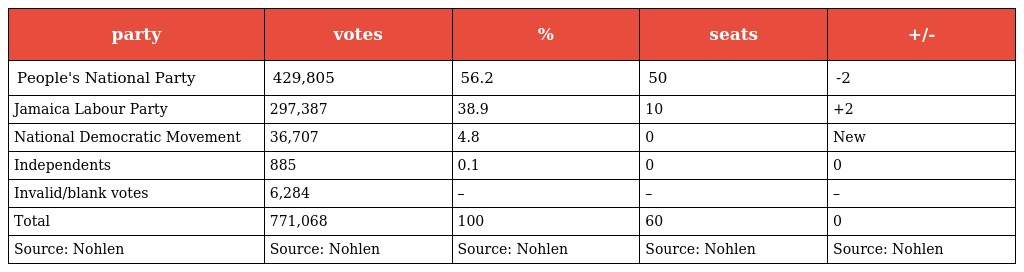
| party | votes | % | seats | +/- |
 | --- | --- | --- | --- | --- |
 | People's National Party | 429,805 | 56.2 | 50 | -2 |
 | Jamaica Labour Party | 297,387 | 38.9 | 10 | +2 |
 | National Democratic Movement | 36,707 | 4.8 | 0 | New |
 | Independents | 885 | 0.1 | 0 | 0 |
 | Invalid/blank votes | 6,284 | – | – | – |
 | Total | 771,068 | 100 | 60 | 0 |
 | Source: Nohlen | Source: Nohlen | Source: Nohlen | Source: Nohlen | Source: Nohlen |